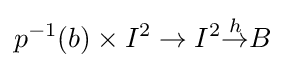
p^{-1}(b)\times I^{2}\to I^{2}{\overset {h}{\to }}B